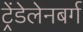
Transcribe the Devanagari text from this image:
ट्रेंडेलेनबर्ग